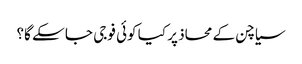
سیاچن کے محاذ پر کیا کوئی فوجی جا سکے گا؟